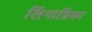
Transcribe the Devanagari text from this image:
लिंगाग्रिका